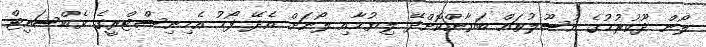
ލޯން ދޫކުރުމުގެ އުސޫލުތައް ބަޔާންކޮށްދޭ ލިޔުމާއި ލޯނަށް އެދޭ ފޯމު އެމިނިސްޓްރީގެ ވެބްސައިޓް